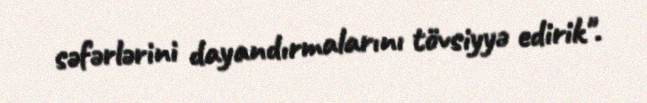
səfərlərini dayandırmalarını tövsiyyə edirik".